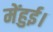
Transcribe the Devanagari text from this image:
मेंहुई।